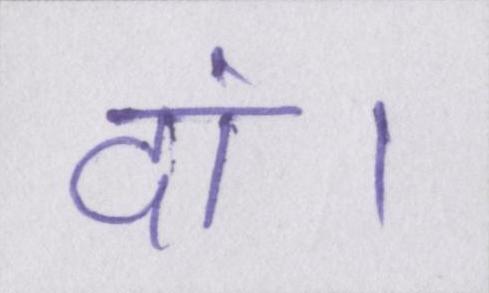
दां।